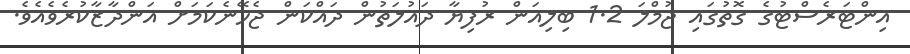
އިންޓަރެސްޓުގެ ގޮތުގައި ޖުމްލަ 1.2 ބިލިއަން ރުފިޔާ ދައުލަތުން ދައްކަން ޖެހޭނެކަމަށް އަންދާޒާކުރެވެއެވެ.